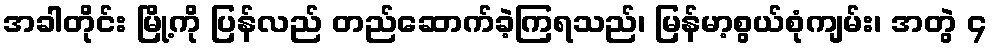
အခါတိုင်း မြို့ကို ပြန်လည် တည်ဆောက်ခဲ့ကြရသည်၊ မြန်မာ့စွယ်စုံကျမ်း၊ အတွဲ ၄